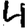
Digit: 4